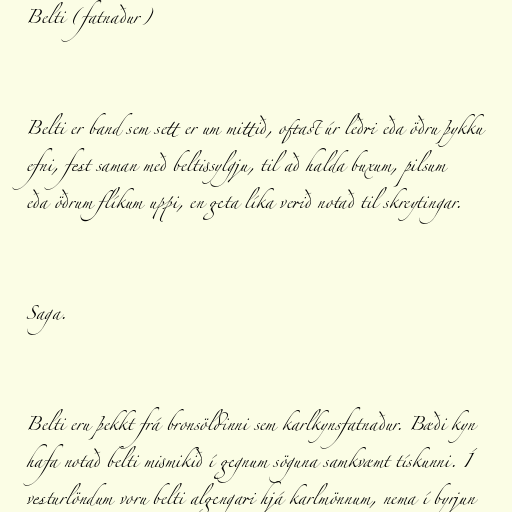
Belti (fatnaður)

Belti er band sem sett er um mittið, oftast úr leðri eða öðru þykku
efni, fest saman með beltissylgju, til að halda buxum, pilsum
eða öðrum flíkum uppi, en geta líka verið notað til skreytingar.

Saga.

Belti eru þekkt frá bronsöldinni sem karlkynsfatnaður. Bæði kyn
hafa notað belti mismikið í gegnum söguna samkvæmt tískunni. Í
vesturlöndum voru belti algengari hjá karlmönnum, nema í byrjun